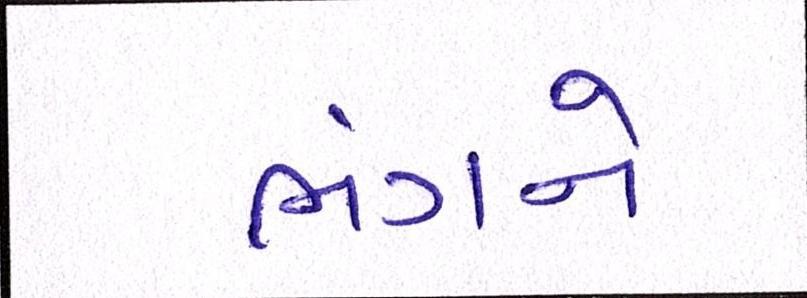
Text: ભંગને